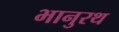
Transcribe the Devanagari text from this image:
भानुरथ